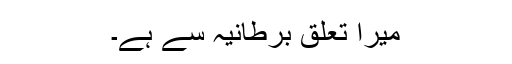
میرا تعلق برطانیہ سے ہے۔